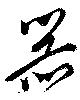
器